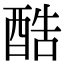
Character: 酷